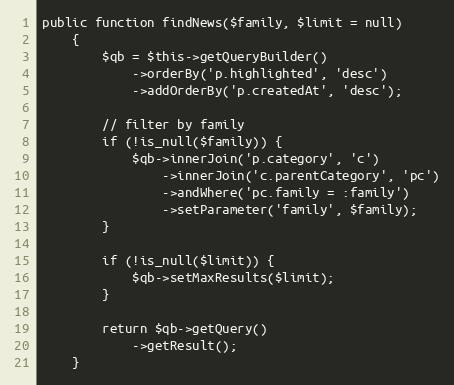
Language: PHP
public function findNews($family, $limit = null)
    {
        $qb = $this->getQueryBuilder()
            ->orderBy('p.highlighted', 'desc')
            ->addOrderBy('p.createdAt', 'desc');

        // filter by family
        if (!is_null($family)) {
            $qb->innerJoin('p.category', 'c')
                ->innerJoin('c.parentCategory', 'pc')
                ->andWhere('pc.family = :family')
                ->setParameter('family', $family);
        }

        if (!is_null($limit)) {
            $qb->setMaxResults($limit);
        }

        return $qb->getQuery()
            ->getResult();
    }